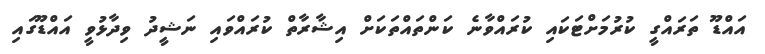
އައްޑޫ ތަރައްގީ ކުރުމަށްޓަކައި ކުރައްވާނެ ކަންތައްތަކަށް އިޝާރާތް ކުރައްވައި ނަޝީދު ވިދާޅުވީ އައްޑޫގައި